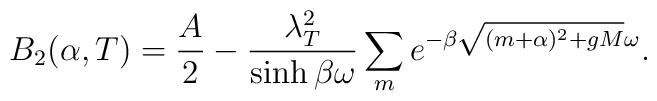
B_2 (\alpha , T) = \frac{A}{2} - \frac{ \lambda_T^2}{\sinh \beta \omega}\sum_{m} e^{- \beta \sqrt{(m+ \alpha)^2 + gM} \omega}.